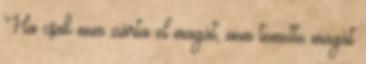
Ha csak nem zárta el magát, nem temette magát